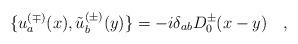
LaTeX: \begin{align*}\{u_a^{(\mp)}(x),\tilde{u}_b^{(\pm)}(y) \} = -i \delta_{ab}D_0^{\pm}(x-y) \quad ,\end{align*}